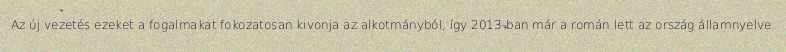
Az új vezetés ezeket a fogalmakat fokozatosan kivonja az alkotmányból, így 2013-ban már a román lett az ország államnyelve.